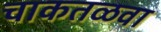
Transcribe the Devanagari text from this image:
चाकतळवा